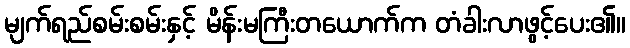
မျက်ရည်စမ်းစမ်းနှင့် မိန်းမကြီးတယောက်က တံခါးလာဖွင့်ပေး၏။